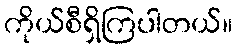
ကိုယ်စီရှိကြပါတယ်။